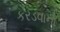
કરડવાનો